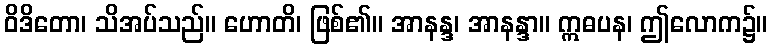
ဝိဒိတော၊ သိအပ်သည်။ ဟောတိ၊ ဖြစ်၏။ အာနန္ဒ၊ အာနန္ဒာ။ ဣဓပန၊ ဤလောက၌။